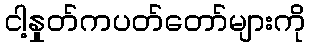
ငါ့နှုတ်ကပတ်တော်များကို